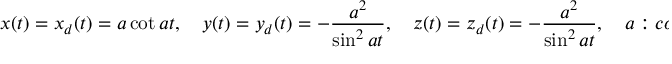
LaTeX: x ( t ) = x _ { d } ( t ) = a \cot a t , \quad y ( t ) = y _ { d } ( t ) = - { \frac { a ^ { 2 } } { \sin ^ { 2 } a t } } , \quad z ( t ) = z _ { d } ( t ) = - { \frac { a ^ { 2 } } { \sin ^ { 2 } a t } } , \quad a : c o n s t .